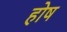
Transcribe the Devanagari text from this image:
होष